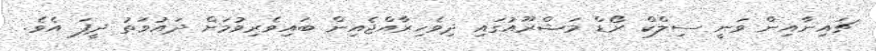
ޗައިނާއިން ވަނީ ސިލްކް ރޯޑް މަޝްރޫއުގައި ދިވެހިރާއްޖެއިން ބައިވެރިވުމަށް ދައުވަތު ދީފަ އެވެ.